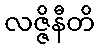
လဇ္ဇိနီတိ